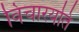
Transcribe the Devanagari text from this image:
विचारयति